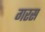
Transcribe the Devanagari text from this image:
गरस